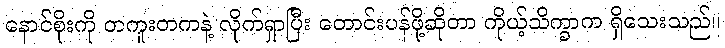
နောင်စိုးကို တကူးတကနဲ့ လိုက်ရှာပြီး တောင်းပန်ဖို့ဆိုတာ ကိုယ့်သိက္ခာက ရှိသေးသည်။